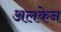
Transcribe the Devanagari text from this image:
अलकेन